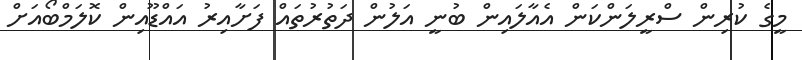
މީގެ ކުރިން ސްރީލަންކަން އެއާލައިން ބުނީ އަލުން ދަތުރުތައް ފަށާއިރު އައްޑޫއިން ކޮލަމްބޯއަށް